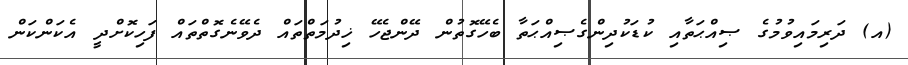
(އ) ދަރިމައިވުމުގެ ޞިއްޙަތާއި ކުޑަކުދިންގެޞިއްޙަތާ ބެހޭގޮތުން ދޭންޖެހޭ ޚިދުމަތްތައް ދެވޭނެގޮތްތައް ފަހިކޮށްދީ އެކަންކަން